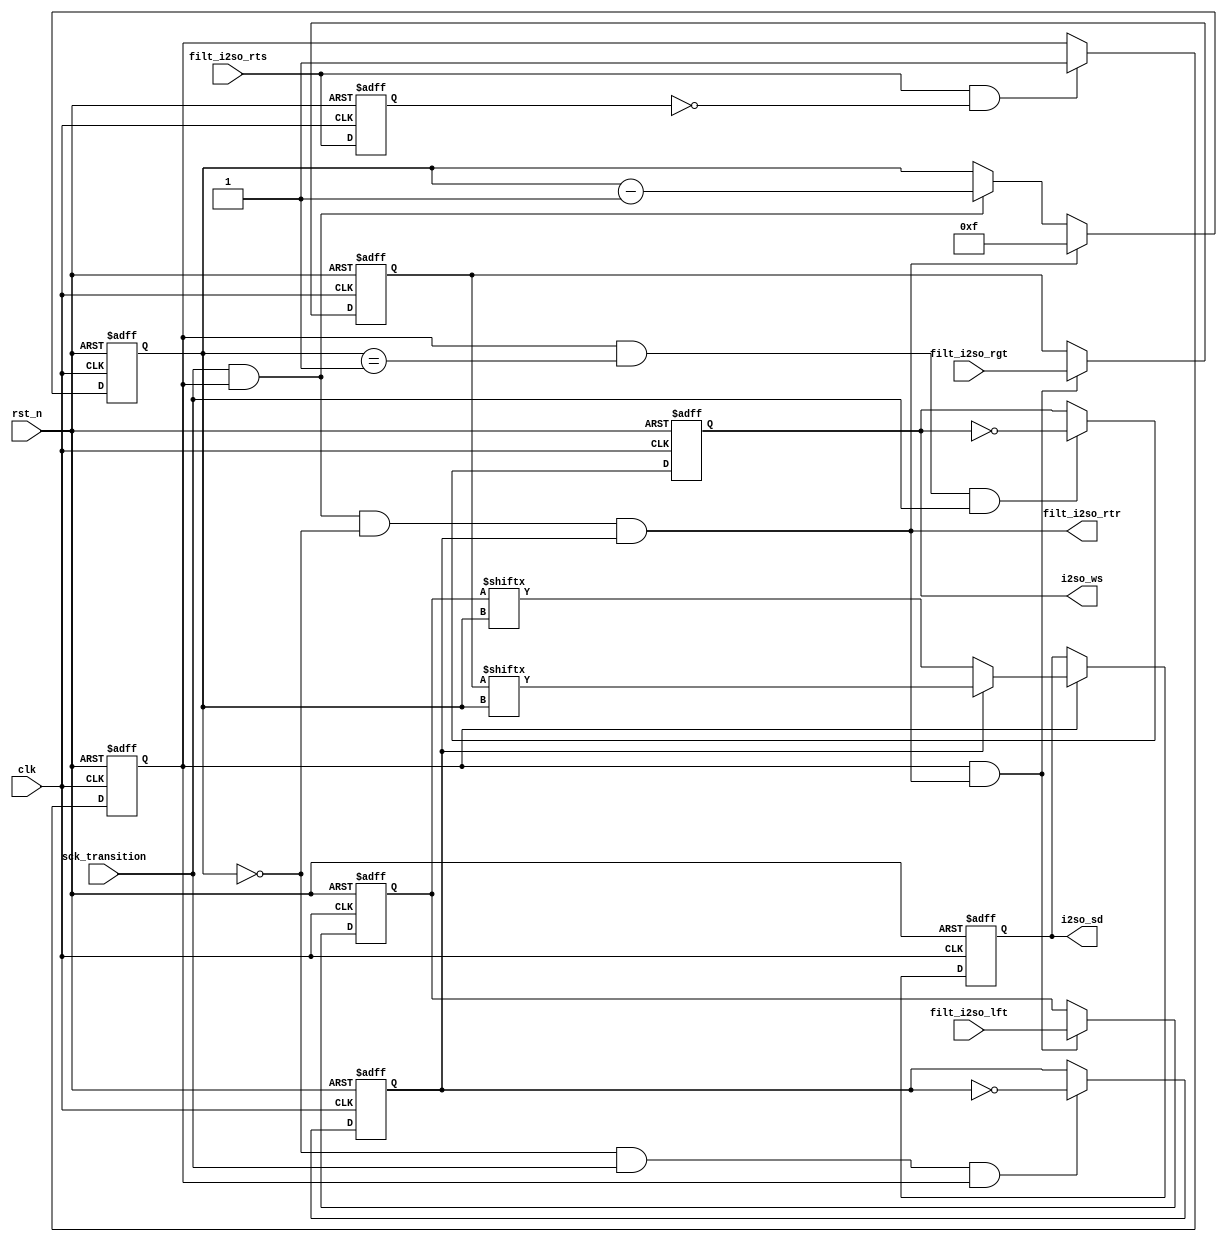
//////////////////////////////////////////////////////////////////////////////////
// Company: 
// Engineer: 
// 
// Design Name: 
// Module Name:    serializer 
// Project Name: 
// Target Devices: 
// Tool versions: 
// Description: 
//
// Dependencies: 
//
// Revision: 
// Revision 0.01 - File Created
// Additional Comments: 
//
//////////////////////////////////////////////////////////////////////////////////

`timescale 1ns / 1ps

module i2so_serializer(clk, rst_n, filt_i2so_rts, i2so_sd, i2so_ws, filt_i2so_lft, filt_i2so_rgt, filt_i2so_rtr, sck_transition
    );

    input                       clk;                                //Master Clock
    input                       rst_n;                              //Reset
    input                       sck_transition;                     //Pulse when sck transitions from low to high
                                                                
    input                       filt_i2so_rts;                      //ready to send
    output wire                 filt_i2so_rtr;                      //Ready to receive
    input           [15:0]      filt_i2so_lft;                      //Left parallel digital audio data
    input           [15:0]      filt_i2so_rgt;                      //Right parallel digital audio data

    output reg                  i2so_sd;                            //i2s output serial data
    output reg                  i2so_ws;                            //i2s output word Select

    //Internal Variables
    reg                         serializer_active;
    reg                         filt_i2so_rts_delay;                //Delay signal of ready to send
    reg             [15:0]      lft_data;                           //Captures the data of filt_i2so_lft
    reg             [15:0]      rgt_data;                           //Captures the data of filt_i2so_rgt
    reg                         LR;                                 //Left Right Counter: keeps track of which parallel digital audio to read from
    reg             [ 3:0]      bit_count;                          //Bit Counter: keeps track of which bit to read in
    wire                        filt_i2so_rts_transition;           //High when filt_i2so_rts goes from low to high


    //Helps create filt_i2so_rts_transition signal to define when the serializer is in the active state
    always @(posedge clk or negedge rst_n)
    begin
        if(!rst_n)
            filt_i2so_rts_delay <= 1'b0;
        else
            filt_i2so_rts_delay <= filt_i2so_rts;
    end

    assign filt_i2so_rts_transition = filt_i2so_rts && !filt_i2so_rts_delay;


    //Serializer becomes active when filt_i2so_rts transitions from low to high
    always @(posedge clk or negedge rst_n)
    begin
        if(!rst_n)
            serializer_active <= 0;
        else if(filt_i2so_rts_transition)
            serializer_active <= 1'b1;
    end


    //Tells the serializer to read from filt_i2so_lft or filt_i2so_rgt
    always @(posedge clk or negedge rst_n)
    begin
        if(!rst_n)
            LR <= 1'b1;
        else if(bit_count == 0 && sck_transition && serializer_active)
            LR <= ~LR;
    end

    assign filt_i2so_rtr = sck_transition && serializer_active && (bit_count == 0) && LR;

    //Capture data in filt_i2so_lft or filt_i2so_rgt during first filt_i2so_rts_transition or during LR_transition
    always @(posedge clk or negedge rst_n)
    begin
        if(!rst_n)
        begin
            lft_data <= 0;
            rgt_data <= 0;
        end
        
        else if(serializer_active && filt_i2so_rtr)
        begin
            lft_data <= filt_i2so_lft;
            rgt_data <= filt_i2so_rgt;
        end
    end


    //Keeps track of which bit of the channel to read from to store in i2so_sd
    always @(posedge clk or negedge rst_n)
    begin
        if(!rst_n)
            bit_count <= 4'd0;
        else if(filt_i2so_rtr)
            bit_count <= 4'd15;
        else if(sck_transition && serializer_active)
              bit_count <= bit_count - 4'd1;
    end


    //Change ws when channel is on 15th bit or bit [1]
    always @(posedge clk or negedge rst_n)
    begin
        if(!rst_n)
            i2so_ws <= 1'b0;
        else if (serializer_active && bit_count == 4'd1 && sck_transition)
        begin
            i2so_ws <= ~i2so_ws;
        end
    end


    //Store bit data from filt_i2so_lft or filt_i2so_rgt into i2so_sd
    always @(posedge clk or negedge rst_n)
    begin
        if(!rst_n)
            i2so_sd <= 1'b0;
        else if(serializer_active)
        begin
            if(LR == 1'b0)
            begin
                i2so_sd <= lft_data[bit_count];
            end
            
            else
            begin
                i2so_sd <= rgt_data[bit_count];
            end
        end
    end
    
endmodule